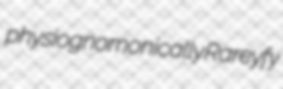
physiognomonically Rareyfy